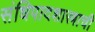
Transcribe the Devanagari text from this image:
संधिपादशास्त्राची